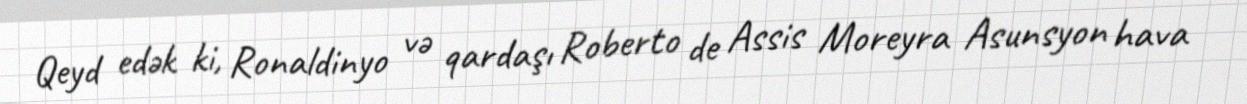
Qeyd edək ki, Ronaldinyo və qardaşı Roberto de Assis Moreyra Asunsyon hava